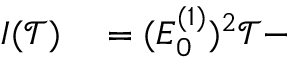
\begin{array} { r l } { I ( \mathcal { T } ) } & { { } = ( E _ { 0 } ^ { ( 1 ) } ) ^ { 2 } \mathcal { T } - } \end{array}